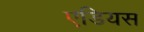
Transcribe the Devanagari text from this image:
एडियस